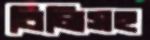
বিলিসহ